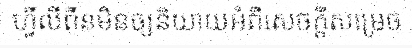
ហ្វីលីពីនមិនឲ្យនិយាយអំពីសេចក្តីសម្រេច